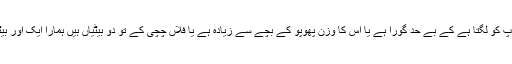
بچہ پیدا ہوتا ہے تو ماں باپ کو لگتا ہے کے بے حد گورا ہے یا اس کا وزن پھوپو کے بچے سے زیادہ ہے یا فلاں چچی کے تو دو بیٹیاں ہیں ہمارا ایک اور بیٹا الله نے دیا ہے، ماشااللہ۔